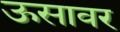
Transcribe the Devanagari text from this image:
ऊसावर